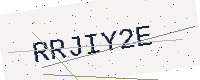
Text: RRJIY2E